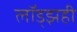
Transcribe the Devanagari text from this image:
लॉड्झही